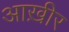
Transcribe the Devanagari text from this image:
आख़ीर